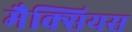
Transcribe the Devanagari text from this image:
मैक्सियस